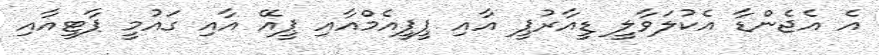
އެ އެޖެންޑާ އެކުލަވާލީ ޑީއާރުޕީ އާއި ޕީޕީއެމްއާއި ޕީއޭ އާއި ގައުމީ ޕާޓީއާއި